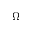
\Omega